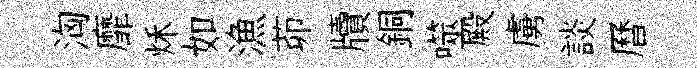
洶靡秌如漁茆牘銅噬殿虜談曆